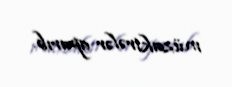
müzakirələr aparıb.